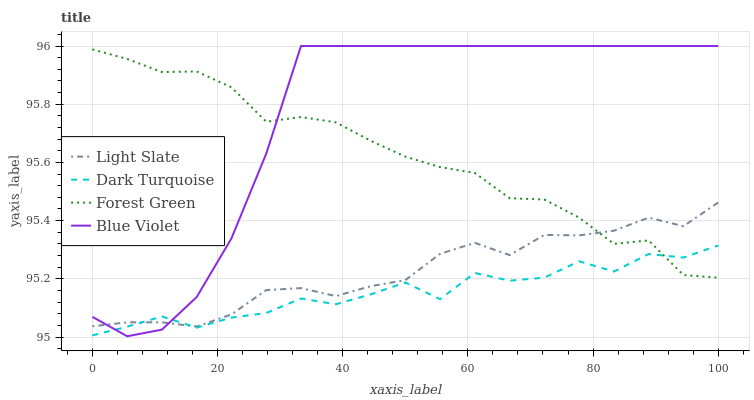
| xaxis_label | Light Slate | Dark Turquoise | Forest Green | Blue Violet |
 | --- | --- | --- | --- | --- |
 | 0 | 95 | 95 | 96 | 95.1 |
 | 5.56 | 95.1 | 95 | 96 | 95 |
 | 11.1 | 95.1 | 95.1 | 95.9 | 95 |
 | 16.7 | 95 | 95 | 95.9 | 95.1 |
 | 22.2 | 95.1 | 95.1 | 95.9 | 95.3 |
 | 27.8 | 95.2 | 95.1 | 95.7 | 95.6 |
 | 33.3 | 95.2 | 95.1 | 95.8 | 96 |
 | 38.9 | 95.1 | 95.1 | 95.7 | 96 |
 | 44.4 | 95.2 | 95.1 | 95.7 | 96 |
 | 50 | 95.2 | 95.2 | 95.6 | 96 |
 | 55.6 | 95.3 | 95.1 | 95.6 | 96 |
 | 61.1 | 95.3 | 95.2 | 95.6 | 96 |
 | 66.7 | 95.3 | 95.2 | 95.5 | 96 |
 | 72.2 | 95.4 | 95.2 | 95.5 | 96 |
 | 77.8 | 95.3 | 95.3 | 95.4 | 96 |
 | 83.3 | 95.4 | 95.2 | 95.3 | 96 |
 | 88.9 | 95.4 | 95.3 | 95.3 | 96 |
 | 94.4 | 95.4 | 95.3 | 95.2 | 96 |
 | 100 | 95.5 | 95.3 | 95.2 | 96 |